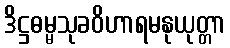
ဒိဋ္ဌဓမ္မသုခဝိဟာရမနုယုတ္တာ